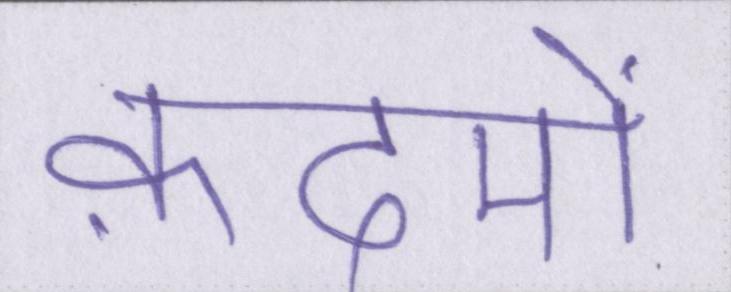
क़दमों